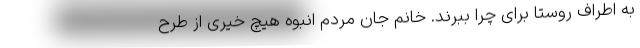
به اطراف روستا برای چرا ببرند. خانم جان مردم انبوه هیچ خیری از طرح